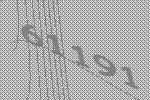
61191